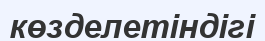
көзделетіндігі